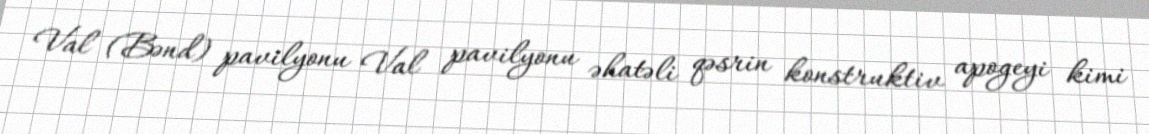
Val (Bənd) pavilyonu Val pavilyonu əhatəli qəsrin konstruktiv apogeyi kimi